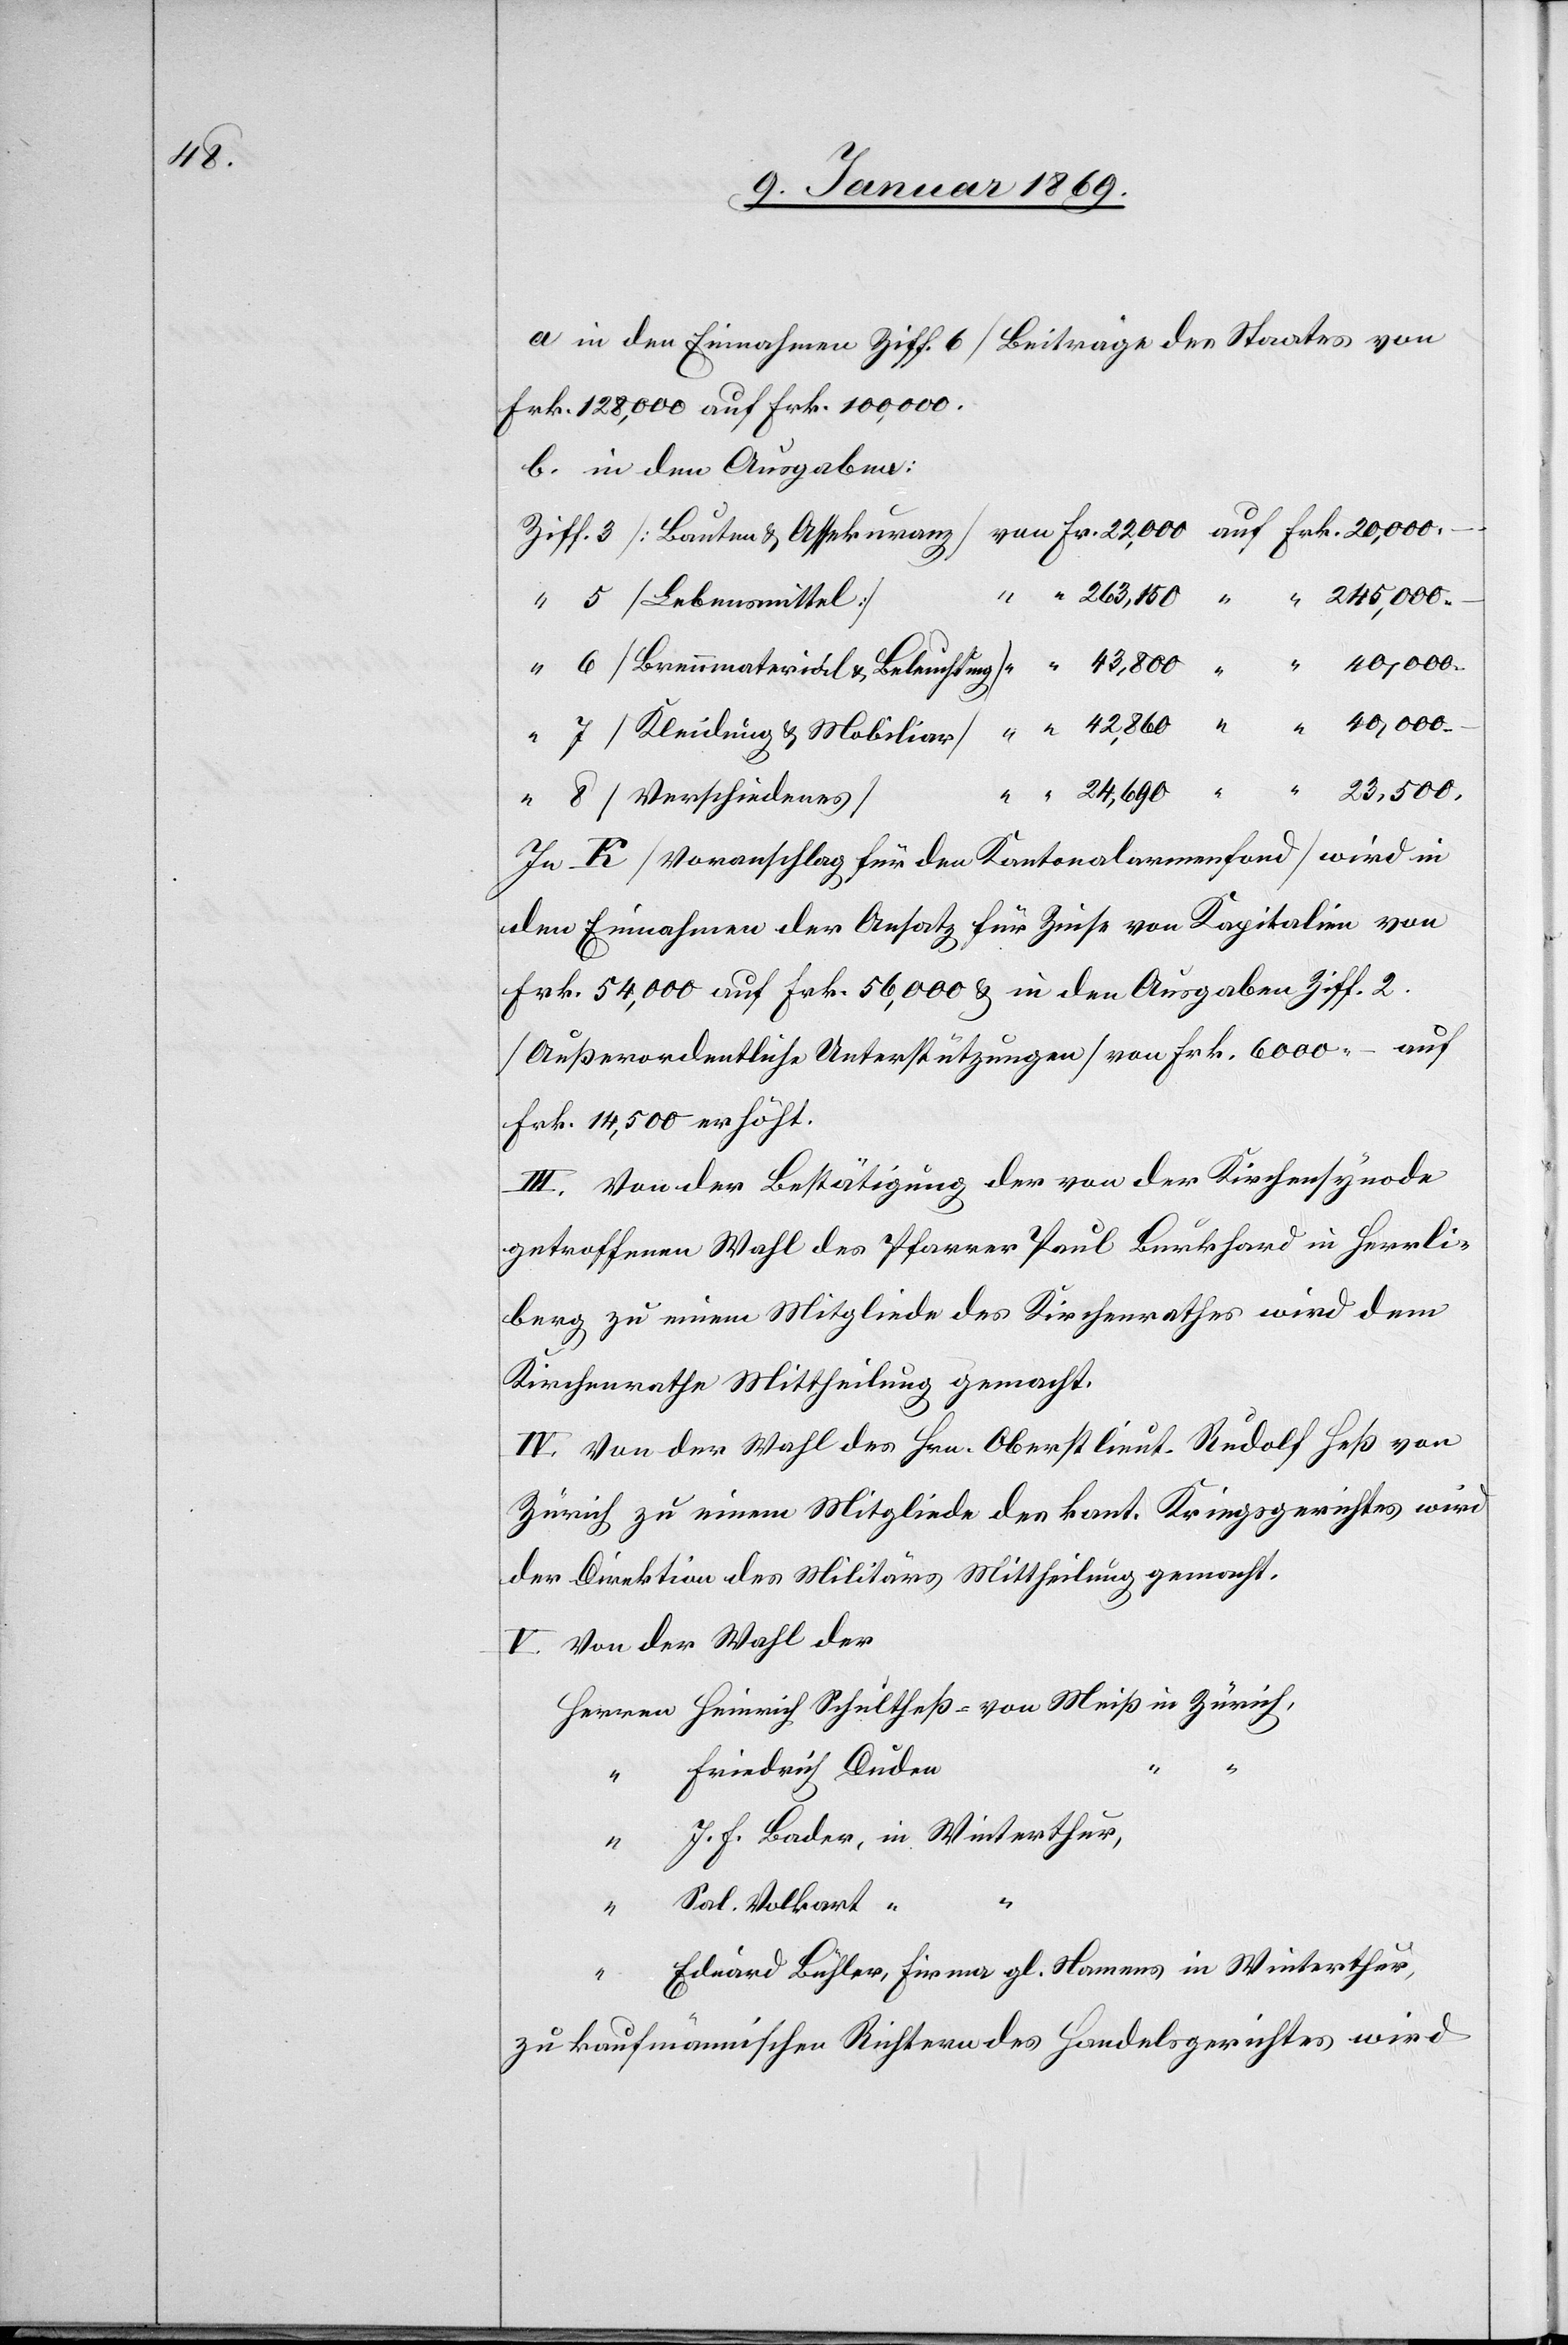
a. in den Einnahmen Ziff. 6 [Beiträge des Staates von
Frk. 128,000 auf Frk. 100,000.
b. in den Ausgaben:
von Fr. 22,000 auf Frk. 20,000.
Ziff. 3 [Bauten & Assekuranz]
“	 5 [Lebensmittel]
6 [Brennmaterial & Beleuchtung]	 “	 43,800	“	 40,000.
7 [Kleidung & Mobiliar]
In K [Voranschlag für den Kantonalarmenfond] wird in
den Einnahmen der Ansatz für Zinse von Kapitalien von
Frk. 54,000 auf Frk. 56,000 in den Ausgaben Ziff. 2.
[Außerordentliche Unterstützungen] von Frk. 6000 auf
Frk. 14,500 erhöht.
III. Von der Bestätigung der von der Kirchensynode
getroffenen Wahl des Pfarrer Paul Burkhard in Herrli¬
berg zu einem Mitgliede des Kirchenrathes wird dem
Kirchenrathe Mittheilung gemacht.
IV. Von der Wahl des Hrn. Oberstlieut. Rudolf Heß von
Zürich zu einem Mitgliede des kant. Kriegsgerichtes wird
der Direktion des Militärs Mittheilung gemacht.
V. Von der Wahl der
Herrn Heinrich Schultheß-von Meiß in Zürich,
Friedrich Duden	“
J. F. Bader, in Winterthur,
Sal. Volkart	“
Eduard Bühler, Firma gl. Namens in Winterthur,
zu kaufmännischen Richtern des Handelsgerichtes wird

–